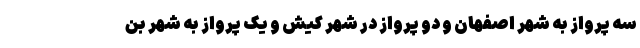
سه پرواز به شهر اصفهان و دو پرواز در شهر کیش و یک پرواز به شهر بن